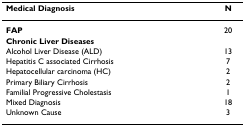
| Medical Diagnosis | N |
 | --- | --- |
 | FAP | 20 |
 | Chronic Liver Diseases |  |
 | Alcohol Liver Disease (ALD) | 13 |
 | Hepatitis C associated Cirrhosis | 7 |
 | Hepatocellular carcinoma (HC) | 2 |
 | Primary Biliary Cirrhosis | 2 |
 | Familial Progressive Cholestasis | 1 |
 | Mixed Diagnosis | 18 |
 | Unknown Cause | 3 |